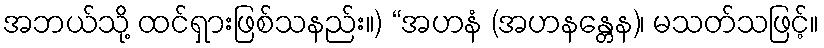
အဘယ်သို့ ထင်ရှားဖြစ်သနည်း။) “အဟနံ (အဟနန္တေန)၊ မသတ်သဖြင့်။